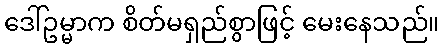
ဒေါ်ဥမ္မာက စိတ်မရှည်စွာဖြင့် မေးနေသည်။